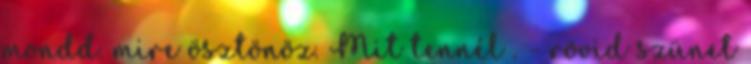
mondd. mire ösztönöz. Mit tennél . - rövid szünet